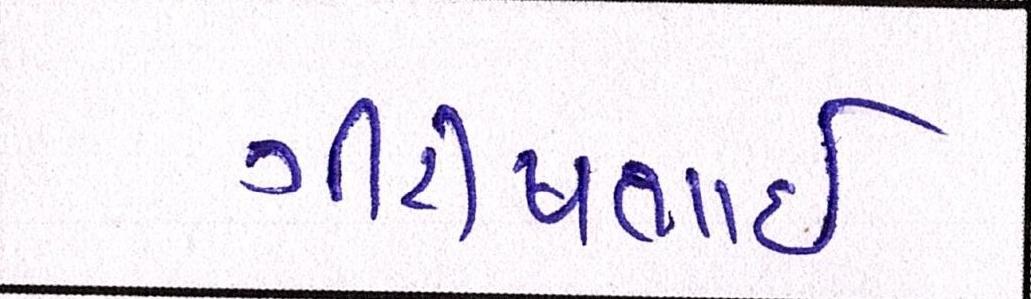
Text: ગીરીષભાઈ